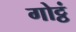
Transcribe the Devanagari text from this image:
गोट्ठं